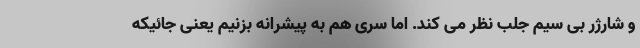
و شارژر بی سیم جلب نظر می کند. اما سری هم به پیشرانه بزنیم یعنی جائیکه